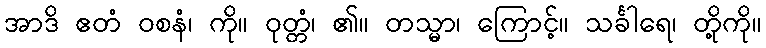
အာဒိ ဧတံ ဝစနံ၊ ကို။ ဝုတ္တံ၊ ၏။ တသ္မာ၊ ကြောင့်။ သင်္ခါရေ၊ တို့ကို။